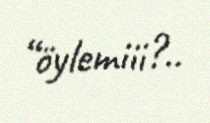
“öylemiii?..